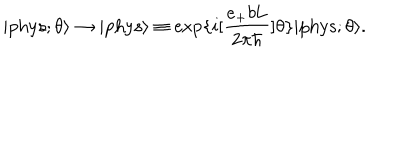
LaTeX: | \mathrm { p h y s } ; \theta \rangle \rightarrow | \mathrm { p h y s } \rangle \equiv \exp \{ i [ \frac { e _ { + } b \mathrm { L } } { 2 { \pi } { \hbar } } ] \theta \} | \mathrm { p h y s } ; \theta \rangle .